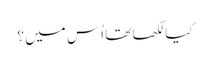
کیا لکھا تھا اُس میں ؟